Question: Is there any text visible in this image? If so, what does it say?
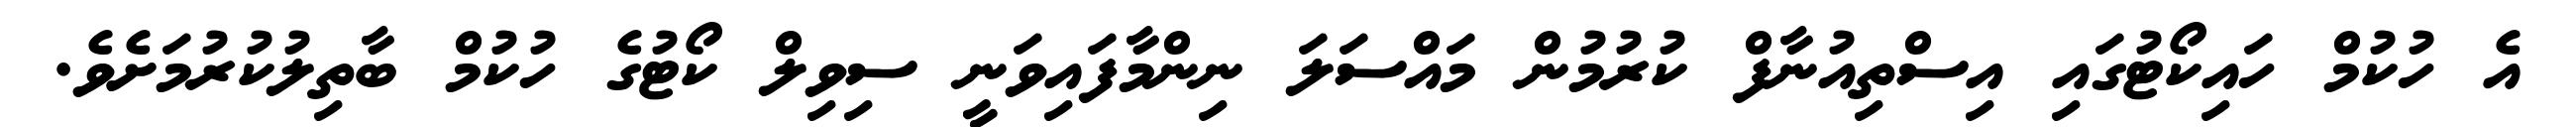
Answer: އެ ހުކުމް ހައިކޯޓުގައި އިސްތިއުނާފް ކުރުމުން މައްސަލަ ނިންމާފައިވަނީ ސިވިލް ކޯޓުގެ ހުކުމް ބާތިލުކުރުމަށެވެ.